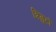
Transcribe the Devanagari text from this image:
त्रिगुटों